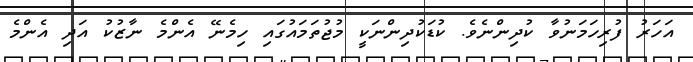
އަހަރު ފުރިހަމަނުވާ ކުދިންނެވެ. ކުޑަކުދިންނަކީ މުޖުތަމައުގައި ހިމެނޭ އެންމެ ނާޒުކު އަދި އެންމެ